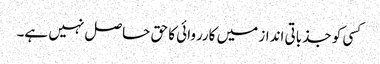
کسی کو جذباتی انداز میں کارروائی کا حق حاصل نہیں ہے۔